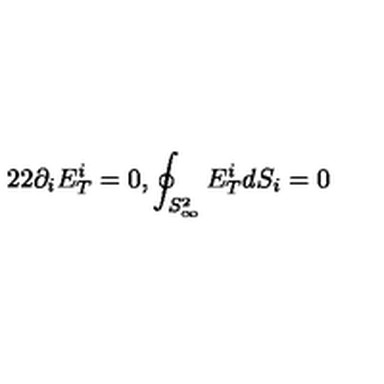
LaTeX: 2 2 \partial _ { i } E _ { T } ^ { i } = 0 , \oint _ { S _ { \infty } ^ { 2 } } E _ { T } ^ { i } d S _ { i } = 0